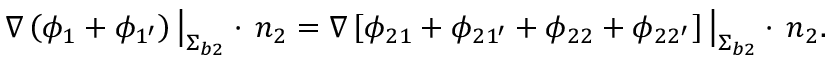
\nabla \left( \phi _ { 1 } + \phi _ { 1 ^ { \prime } } \right) \big | _ { { \upSigma } _ { b 2 } } \cdot \, \boldsymbol { n } _ { 2 } = \nabla \left[ \phi _ { 2 1 } + \phi _ { 2 1 ^ { \prime } } + \phi _ { 2 2 } + \phi _ { 2 2 ^ { \prime } } \right] \big | _ { { \upSigma } _ { b 2 } } \cdot \, \boldsymbol { n } _ { 2 } .